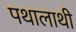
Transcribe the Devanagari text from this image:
पथालाथी